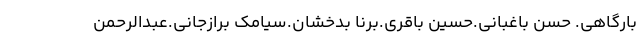
بارگاهی. حسن باغبانی.حسین باقری.برنا بدخشان.سیامک برازجانی.عبدالرحمن